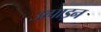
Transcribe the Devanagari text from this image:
उत्पाड़न